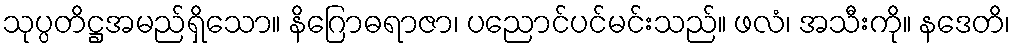
သုပ္ပတိဋ္ဌအမည်ရှိသော။ နိဂြောဓရာဇာ၊ ပညောင်ပင်မင်းသည်။ ဖလံ၊ အသီးကို။ နဒေတိ၊